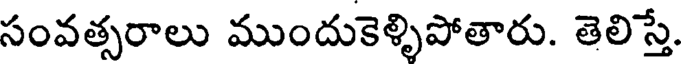
సంవత్సరాలు ముందుకెళ్ళిపోతారు. తెలిస్తే.